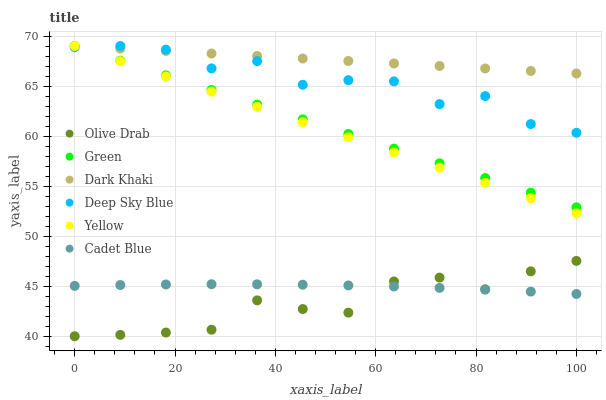
| xaxis_label | Olive Drab | Green | Dark Khaki | Deep Sky Blue | Yellow | Cadet Blue |
 | --- | --- | --- | --- | --- | --- | --- |
 | 0 | 40 | 69 | 69 | 68.9 | 69 | 45 |
 | 9.09 | 40.1 | 67.5 | 68.8 | 69 | 67.5 | 45.1 |
 | 18.2 | 40.4 | 66.1 | 68.5 | 68.6 | 66 | 45.2 |
 | 27.3 | 40.7 | 64.6 | 68.3 | 66.8 | 64.4 | 45.2 |
 | 36.4 | 43.6 | 63.1 | 68 | 67.5 | 62.9 | 45.2 |
 | 45.5 | 42.7 | 61.7 | 67.8 | 65.1 | 61.4 | 45.2 |
 | 54.5 | 42.4 | 60.2 | 67.5 | 65.6 | 59.9 | 45.1 |
 | 63.6 | 45.5 | 58.7 | 67.3 | 65.5 | 58.4 | 45 |
 | 72.7 | 45.9 | 57.3 | 67 | 63.2 | 56.8 | 44.8 |
 | 81.8 | 44.7 | 55.8 | 66.8 | 64 | 55.3 | 44.7 |
 | 90.9 | 46.5 | 54.3 | 66.5 | 61.2 | 53.8 | 44.5 |
 | 100 | 47.5 | 52.9 | 66.3 | 60.3 | 52.3 | 44.2 |